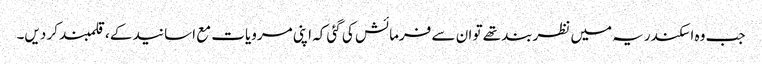
جب وہ اسکندریہ میں نظربند تھے تو ان سے فرمائش کی گئی کہ اپنی مرویات مع اسانید کے ، قلمبند کر دیں۔